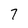
Character: 7